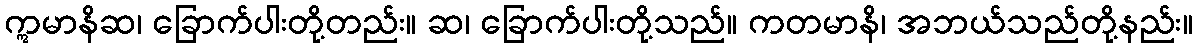
ဣမာနိဆ၊ ခြောက်ပါးတို့တည်း။ ဆ၊ ခြောက်ပါးတို့သည်။ ကတမာနိ၊ အဘယ်သည်တို့နည်း။